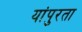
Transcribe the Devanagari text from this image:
यांपुरता